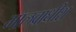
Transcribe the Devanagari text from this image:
मालवाधीश